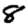
Digit: 8